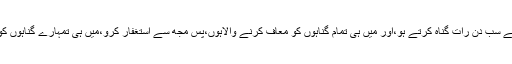
بلاشبہ تم سب کے سب دن رات گناہ کرتے ہو،اور میں ہی تمام گناہوں کو معاف کرنے والاہوں،پس مجھ سے استغفار کرو،میں ہی تمہارے گناہوں کو معاف کرونگا۔